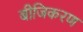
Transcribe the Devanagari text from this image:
बीजिकरण